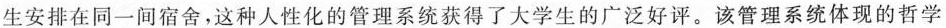
生安排在同一间宿舍，这种人性化的管理系统获得了大学生的广泛好评。该管理系统体现的哲学